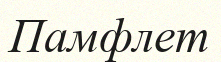
Памфлет